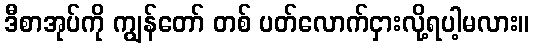
ဒီစာအုပ်ကို ကျွန်တော် တစ် ပတ်လောက်ငှားလို့ရပါ့မလား။